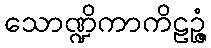
သောဏ္ဍိကာကိဠဉ္ဇံ